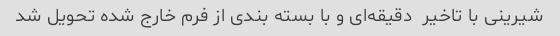
شیرینی با تاخیر  دقیقه‌ای و با بسته بندی از فرم خارج شده تحویل شد